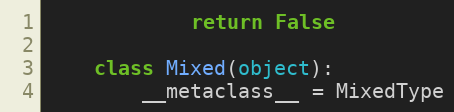
Language: Python
            return False

    class Mixed(object):
        __metaclass__ = MixedType